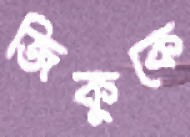
জিকুকে